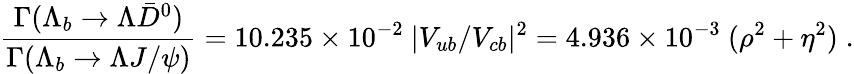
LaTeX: \frac{\Gamma(\Lambda_{b}\to\Lambda\bar{D}^{0})}{\Gamma(\Lambda_{b}\to\Lambda J/\psi)}=10.235\times 10^{-2}~|V_{ub}/V_{cb}|^{2}=4.936\times 10^{-3}~(\rho^{2}+\eta^{2})\; .